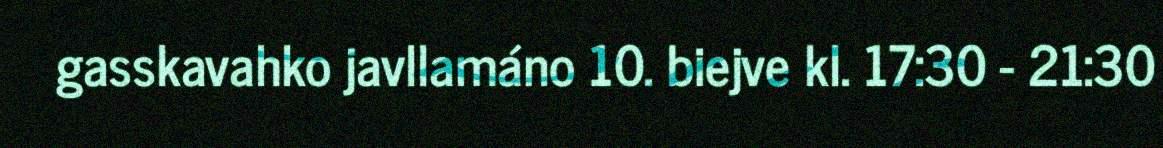
gasskavahko javllamáno 10. biejve kl. 17:30 - 21:30